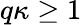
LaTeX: q\kappa\geq 1